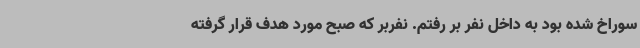
سوراخ شده بود به داخل نفر بر رفتم. نفربر که صبح مورد هدف قرار گرفته